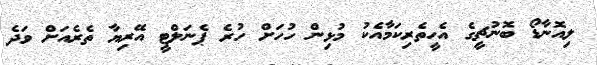
ލިއޮނާޑޯ ބޮނުޗީގެ އެހީތެރިކަމާއެކު މުޅިން ހުހަށް ހުރެ ޕެނަލްޓީ އޭރިޔާ ތެރެއަށް ވަދެ